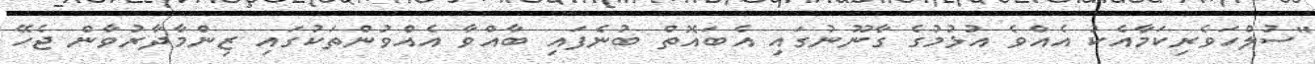
"ސުލްހަވެރިކަމާއެކު އެއްވެ އުޅުމުގެ ގާނޫނުގައި އެބައޮތް ބުނެފައި ބާއްވާ އެއްވުންތަކުގައި ޒިންމާދާރުވާން ޖެހޭ